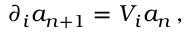
\partial _ { i } a _ { n + 1 } = V _ { i } a _ { n } \, ,